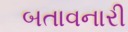
બતાવનારી